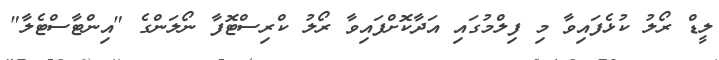
ލީޑް ރޯލު ކުޅެފައިވާ މި ފިލްމުގައި އަދާކޮށްފައިވާ ރޯލު ކްރިސްޓޮފާ ނޯލަންގެ "އިންޓާސްޓެލާ"